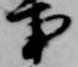
事